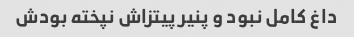
داغ کامل نبود و پنیر پیتزاش نپخته بودش